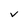
Character: V